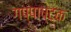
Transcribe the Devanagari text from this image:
गप्पाष्टक